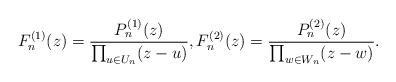
LaTeX: \begin{align*}F_n^{(1)}(z)=\frac{P_n^{(1)}(z)}{\prod_{u\in U_n}(z-u)},F_n^{(2)}(z)=\frac{P_n^{(2)}(z)}{\prod_{w\in W_n}(z-w)}.\end{align*}